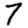
Digit: 7